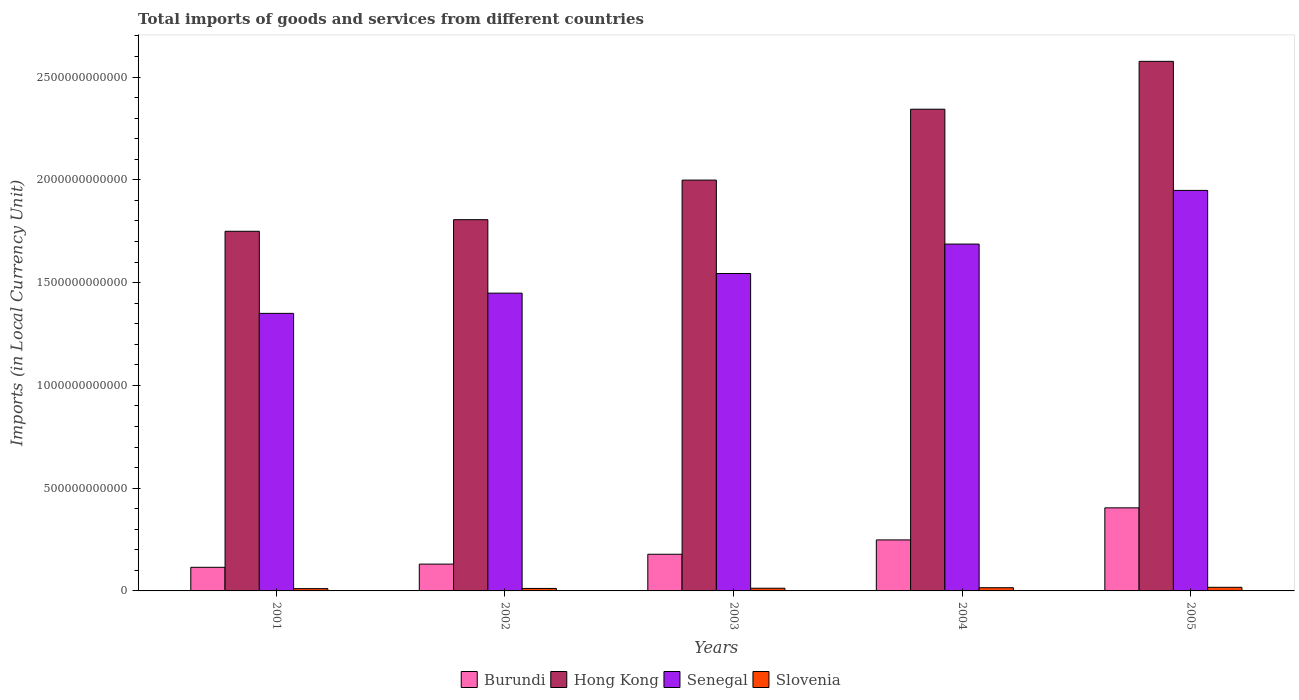
| Years | Burundi | Hong Kong | Senegal | Slovenia |
 | --- | --- | --- | --- | --- |
 | 2001 | 1.15e+11 | 1.75e+12 | 1.35e+12 | 1.12e+10 |
 | 2002 | 1.31e+11 | 1.81e+12 | 1.45e+12 | 1.21e+10 |
 | 2003 | 1.78e+11 | 2e+12 | 1.54e+12 | 1.31e+10 |
 | 2004 | 2.48e+11 | 2.34e+12 | 1.69e+12 | 1.56e+10 |
 | 2005 | 4.04e+11 | 2.58e+12 | 1.95e+12 | 1.76e+10 |